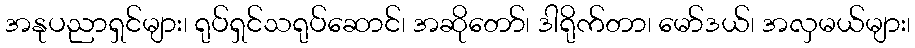
အနုပညာရှင်များ၊ ရုပ်ရှင်သရုပ်ဆောင်၊ အဆိုတော်၊ ဒါရိုက်တာ၊ မော်ဒယ်၊ အလှမယ်များ၊